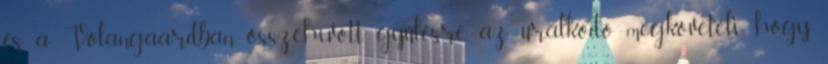
és a Volangaardban összehívott gyűlésre, az uralkodó megköveteli, hogy